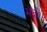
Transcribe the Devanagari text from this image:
मेंद्री